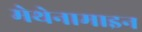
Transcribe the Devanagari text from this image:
मेथेनामाइन